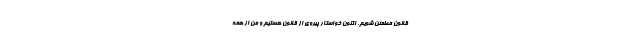
قانون مطمئن شویم. اکنون خواستار پیروی از قانون هستیم و من از همه